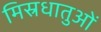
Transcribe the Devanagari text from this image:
मिस्रधातुओं